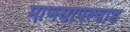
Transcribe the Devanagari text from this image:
माणसापल्याड